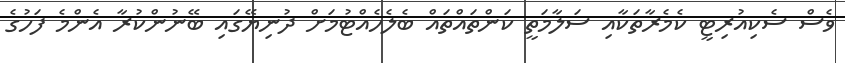
ވެސް ސެކިއުރިޓީ ކެމެރާތަކާއި ސަލާމަތީ ކަންތައްތައް ބެލެހެއްޓުމަށް ދުނިޔޭގައި ބޭނުންކުރާ އެންމެ ފަހުގެ